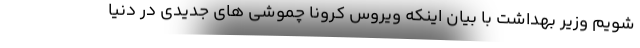
شویم وزیر بهداشت با بیان اینکه ویروس کرونا چموشی های جدیدی در دنیا